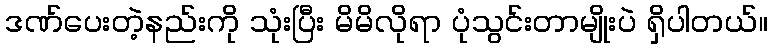
ဒဏ်ပေးတဲ့နည်းကို သုံးပြီး မိမိလိုရာ ပုံသွင်းတာမျိုးပဲ ရှိပါတယ်။